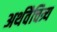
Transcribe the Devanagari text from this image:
अर्थवैचित्र्य